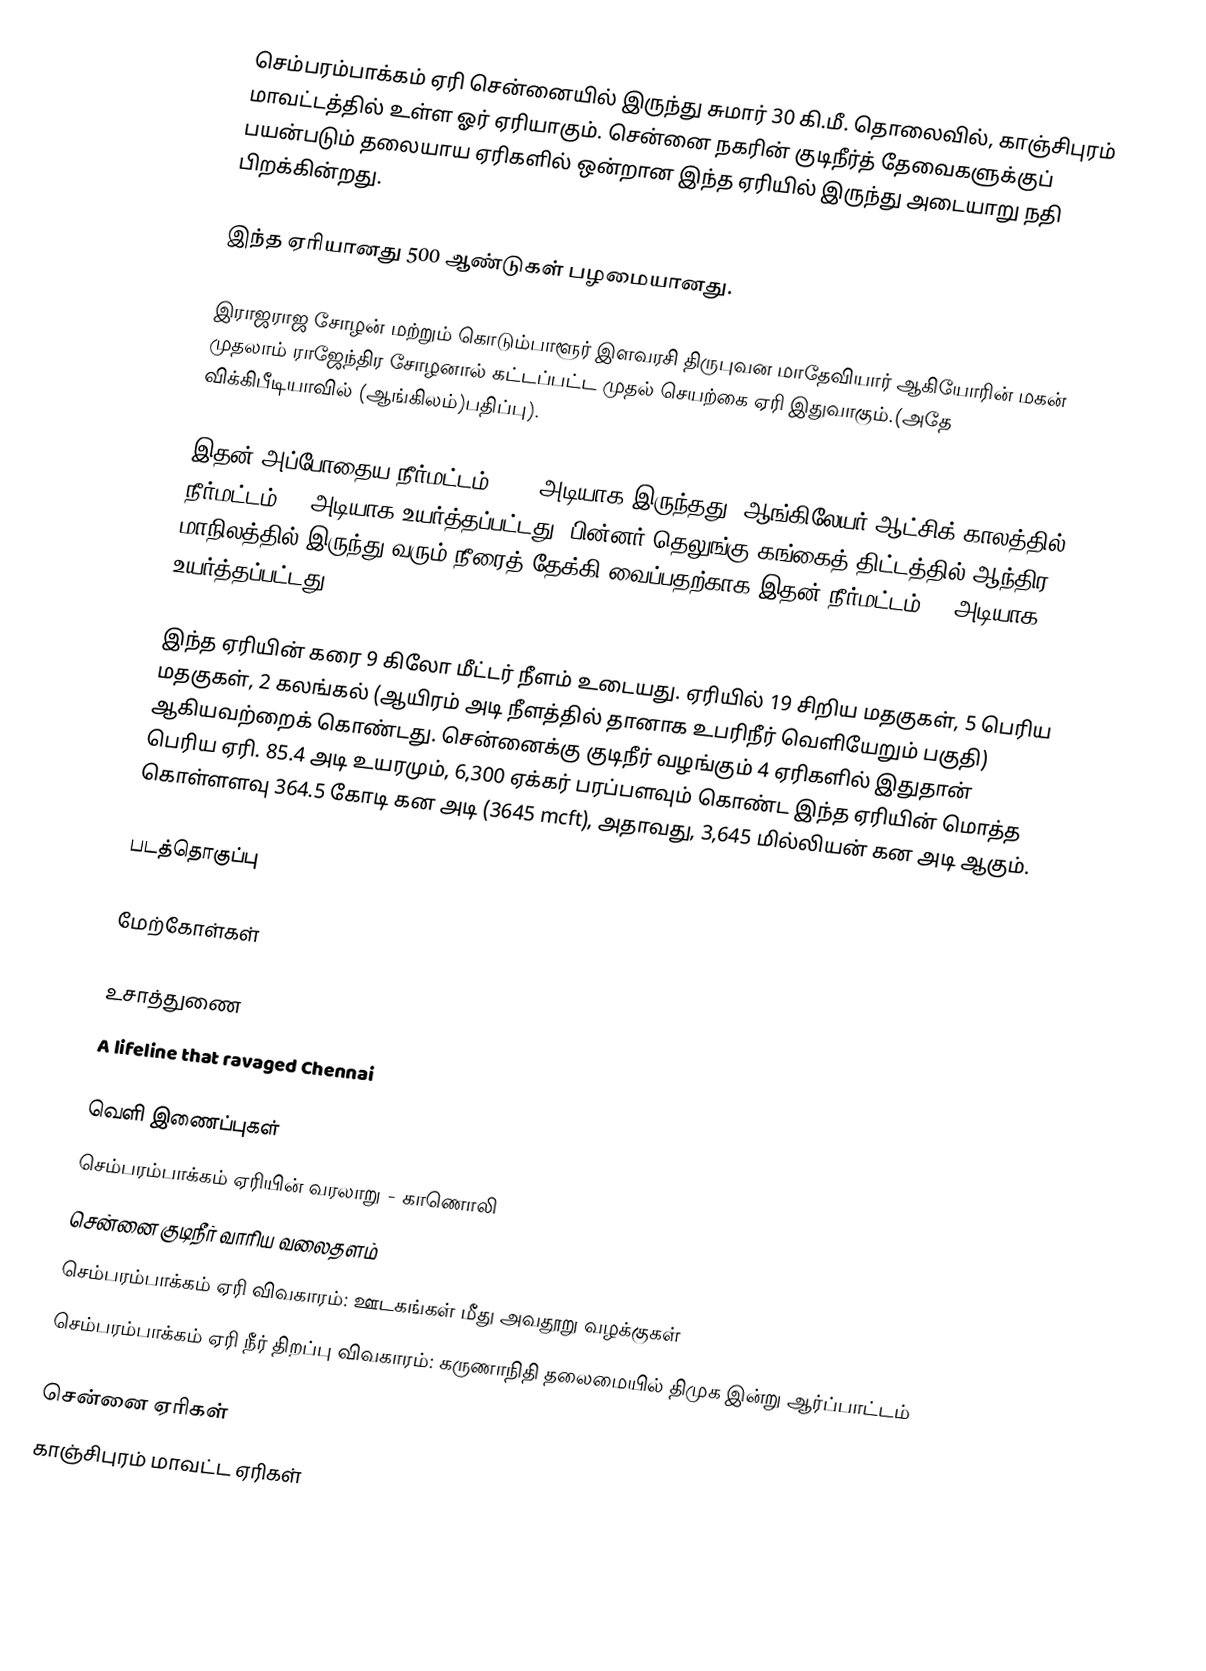
செம்பரம்பாக்கம் ஏரி சென்னையில் இருந்து சுமார் 30 கி.மீ. தொலைவில், காஞ்சிபுரம் மாவட்டத்தில் உள்ள ஓர் ஏரியாகும். சென்னை நகரின் குடிநீர்த் தேவைகளுக்குப் பயன்படும் தலையாய ஏரிகளில் ஒன்றான இந்த ஏரியில் இருந்து அடையாறு நதி பிறக்கின்றது.

இந்த ஏரியானது 500 ஆண்டுகள் பழமையானது.

இராஜராஜ சோழன் மற்றும் கொடும்பாளூர் இளவரசி திருபுவன மாதேவியார் ஆகியோரின் மகன் முதலாம் ராஜேந்திர சோழனால் கட்டப்பட்ட முதல் செயற்கை ஏரி இதுவாகும்.(அதே விக்கிபீடியாவில் (ஆங்கிலம்)பதிப்பு).

இதன் அப்போதைய நீர்மட்டம் 19.5 அடியாக இருந்தது. ஆங்கிலேயர் ஆட்சிக் காலத்தில் நீர்மட்டம் 22 அடியாக உயர்த்தப்பட்டது. பின்னர் தெலுங்கு கங்கைத் திட்டத்தில் ஆந்திர மாநிலத்தில் இருந்து வரும் நீரைத் தேக்கி வைப்பதற்காக இதன் நீர்மட்டம் 24 அடியாக உயர்த்தப்பட்டது.

இந்த ஏரியின் கரை 9 கிலோ மீட்டர் நீளம் உடையது. ஏரியில் 19 சிறிய மதகுகள், 5 பெரிய மதகுகள், 2 கலங்கல் (ஆயிரம் அடி நீளத்தில் தானாக உபரிநீர் வெளியேறும் பகுதி) ஆகியவற்றைக் கொண்டது. சென்னைக்கு குடிநீர் வழங்கும் 4 ஏரிகளில் இதுதான் பெரிய ஏரி. 85.4 அடி உயரமும், 6,300 ஏக்கர் பரப்பளவும் கொண்ட இந்த ஏரியின் மொத்த கொள்ளளவு 364.5 கோடி கன அடி (3645 mcft), அதாவது, 3,645 மில்லியன் கன அடி ஆகும்.

படத்தொகுப்பு

மேற்கோள்கள்

உசாத்துணை
 A lifeline that ravaged Chennai

வெளி இணைப்புகள்
செம்பரம்பாக்கம் ஏரியின் வரலாறு - காணொலி
சென்னை குடிநீர் வாரிய வலைதளம்
 செம்பரம்பாக்கம் ஏரி விவகாரம்: ஊடகங்கள் மீது அவதூறு வழக்குகள்
செம்பரம்பாக்கம் ஏரி நீர் திறப்பு விவகாரம்: கருணாநிதி தலைமையில் திமுக இன்று ஆர்ப்பாட்டம்

சென்னை ஏரிகள்
காஞ்சிபுரம் மாவட்ட ஏரிகள்